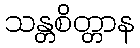
သန္တစိတ္တာန